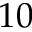
1 0